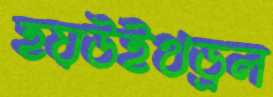
হয়উইথড্রল